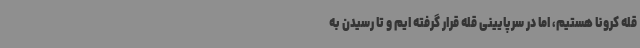
قله کرونا هستیم، اما در سرپایینی قله قرار گرفته ایم و تا رسیدن به